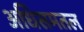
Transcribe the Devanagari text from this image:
अधिसमतल